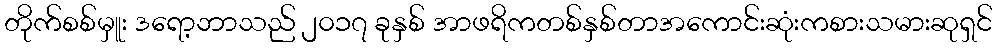
တိုက်စစ်မှူး ဒရော့ဘာသည် ၂၀၁၇ ခုနှစ် အာဖရိကတစ်နှစ်တာအကောင်းဆုံးကစားသမားဆုရှင်